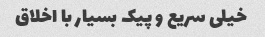
خیلی سریع و پیک بسیار با اخلاق